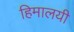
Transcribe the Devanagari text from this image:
हिमालयी